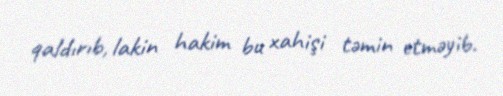
qaldırıb, lakin hakim bu xahişi təmin etməyib.